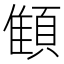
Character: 顀